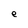
Character: e